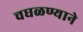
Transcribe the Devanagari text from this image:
चघळण्याने